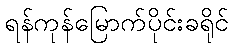
ရန်ကုန်မြောက်ပိုင်းခရိုင်